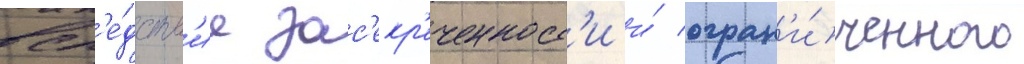
всл'е́дств'ие зас'екр'еченност'и и́ огран'и́ченного